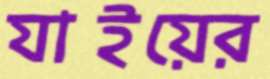
যাইয়ের